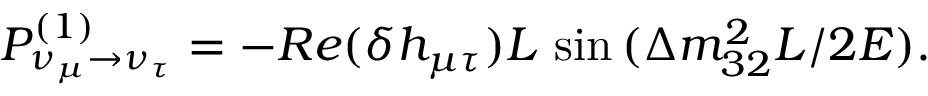
P _ { \nu _ { \mu } \rightarrow \nu _ { \tau } } ^ { ( 1 ) } = - R e ( \delta h _ { \mu \tau } ) L \, \sin { ( \Delta m _ { 3 2 } ^ { 2 } L / 2 E ) } .